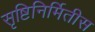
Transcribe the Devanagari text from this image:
सृष्टिनिर्मितीस